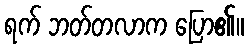
ရက် ဘတ်တလာက ပြော၏။